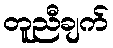
တူညီချက်